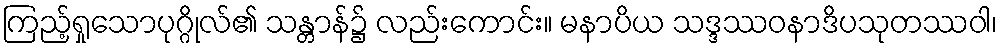
ကြည့်ရှုသောပုဂ္ဂိုလ်၏ သန္တာန်၌ လည်းကောင်း။ မနာပိယ သဒ္ဒဿဝနာဒိပသုတဿဝါ၊